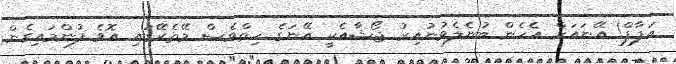
އަފާފް! އޭނައަށް އެހެން ބުނެލެވުނުއިރު ޖޯޝާއެކީ އޭނަގެ ހިތްވެސް މޭތެރޭގައި އޮވެ ފުންމައިގެން